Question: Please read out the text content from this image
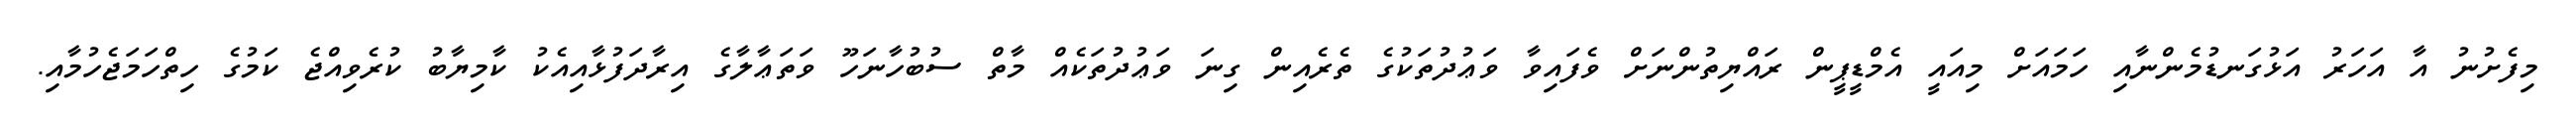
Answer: މިފެށުނު އާ އަހަރު އަޅުގަނޑުމެންނާއި ހަމައަށް މިއައީ އެމްޑީޕީން ރައްޔިތުންނަށް ވެފައިވާ ވަޢުދުތަކުގެ ތެރެއިން ގިނަ ވަޢުދުތަކެއް މާތް ސުބުހާނަހޫ ވަތަޢާލާގެ އިރާދަފުޅާއިއެކު ކާމިޔާބު ކުރެވިއްޖެ ކަމުގެ ހިތްހަމަޖެހުމާއި.